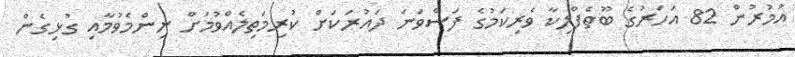
އުމުރުން 82 އަހަރުގެ ބޫތެފްލިކާ ވެރިކަމުގެ ފަސްވަނަ ދައުރަކަށް ކުރިމަތިލެއްވުމަށް ނިންމެވުމާއި ގުޅިގެން